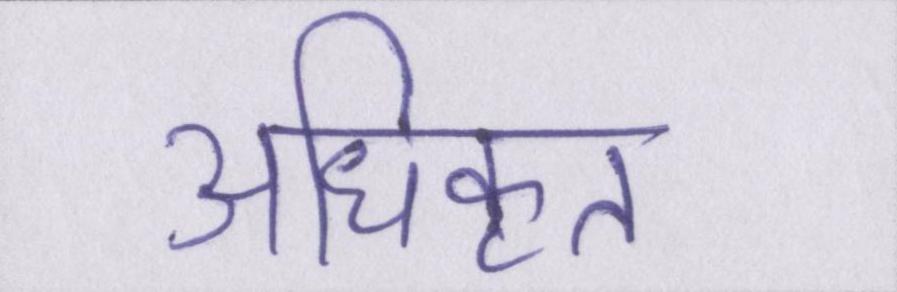
अधिकृत